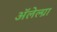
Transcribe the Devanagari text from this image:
अॅलेल्ग्रा